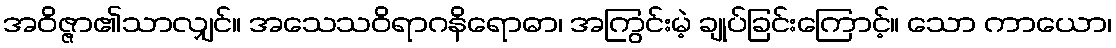
အဝိဇ္ဇာ၏သာလျှင်။ အသေသဝိရာဂနိရောဓာ၊ အကြွင်းမဲ့ ချုပ်ခြင်းကြောင့်။ သော ကာယော၊